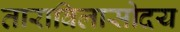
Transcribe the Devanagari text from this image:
ताराविलासोदय